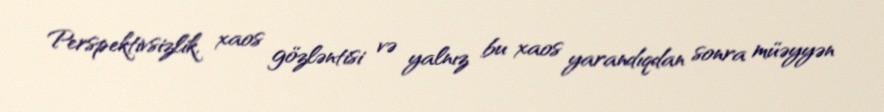
Perspektivsizlik, xaos gözləntisi və yalnız bu xaos yarandıqdan sonra müəyyən